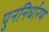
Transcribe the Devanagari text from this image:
पुननिर्धारण